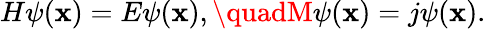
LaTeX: H\psi(\mathbf{x})=E\psi(\mathbf{x}),\quadM\psi(\mathbf{x})=j\psi(\mathbf{x}).